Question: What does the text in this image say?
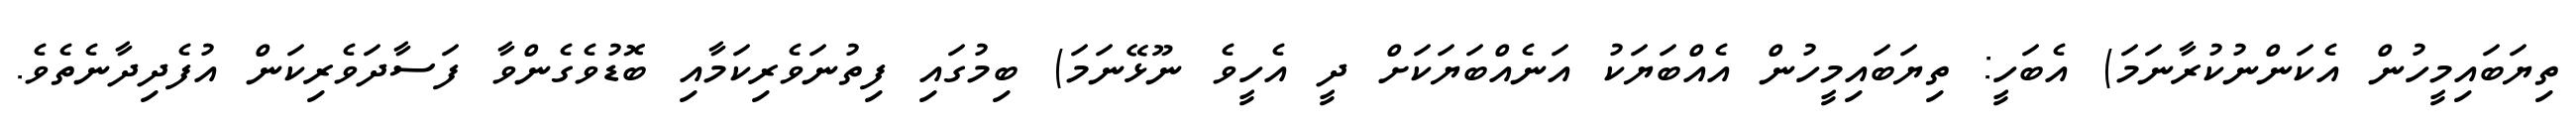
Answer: ތިޔަބައިމީހުން އެކަންނުކުރާނަމަ) އެބަހީ: ތިޔަބައިމީހުން އެއްބަޔަކު އަނެއްބަޔަކަށް ދީ އެހީވެ ނޫޅޭނަމަ) ބިމުގައި ފިތުނަވެރިކަމާއި ބޮޑުވެގެންވާ ފަސާދަވެރިކަން އުފެދިދާނެތެވެ.